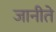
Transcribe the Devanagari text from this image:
जानीते